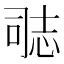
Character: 𭝝